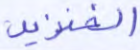
الخنزير